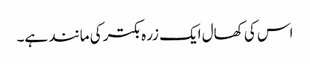
اس کی کھال ایک زرہ بکتر کی مانند ہے۔